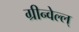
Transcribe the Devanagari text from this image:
ग्रीन्वेल्ल्